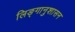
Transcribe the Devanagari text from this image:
लिङ्गानुशासन